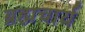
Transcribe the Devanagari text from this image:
ब्रह्मचार्य